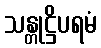
သန္တုဋ္ဌိပရမံ